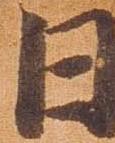
日